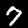
Digit: 7